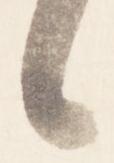
日